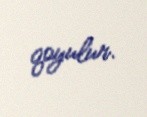
qoyulur.